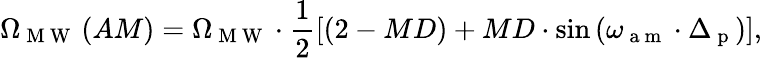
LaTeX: \Omega_{\mathrm{~M~W~}}\left(AM\right)=\Omega_{\mathrm{~M~W~}}\cdot\frac{1}{2}\left[\left(2-MD\right)+MD\cdot\sin\left(\omega_{\mathrm{~a~m~}}\cdot\Delta_{\mathrm{~p~}}\right)\right],